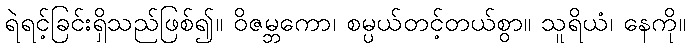
ရဲရင့်ခြင်းရှိသည်ဖြစ်၍။ ဝိဇမ္ဘကော၊ စမ္ပယ်တင့်တယ်စွာ။ သူရိယံ၊ နေကို။